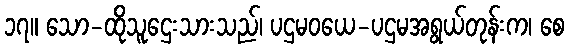
၁၇။ သော-ထိုသူဌေးသားသည်၊ ပဌမဝယေ-ပဌမအရွယ်တုန်းက၊ စေ